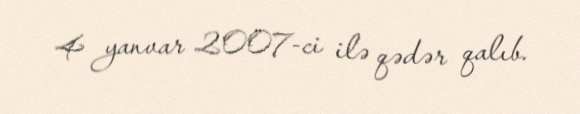
4 yanvar 2007-ci ilə qədər qalıb.